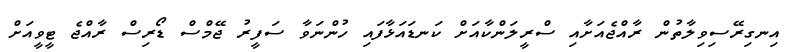
އިނގިރޭސިވިލާތުން ރާއްޖެއަށާއި ސްރީލަންކާއަށް ކަނޑައަޅާފައި ހުންނަވާ ސަފީރު ޖޭމްސް ޑޯރިސް ރާއްޖެ ޓީވީއަށް